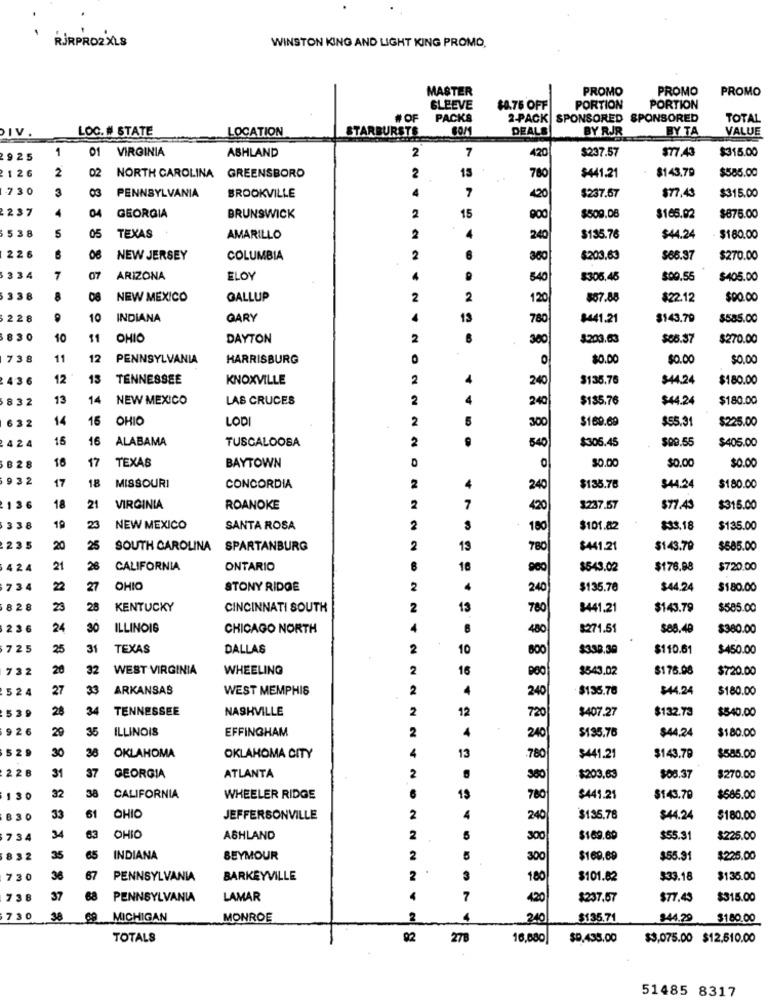
RJRPRO2 XLS
WINSTON KING AND LIGHT KING PROMO,
MASTER
PROMO
PROMO
PROMO
GLEEVE
$0.76 OFF
PORTION
PORTION
#OF
PACKS
2-PACK SPONSORED
SPONSORED
TOTAL
DIV
LOC. # STATE
LOCATION
STARBURSTS
80/1
DEALS
BY RJR
BY TA
VALUE
1
01
VIRGINIA
2
7
420
$315.00
2925
ASHLAND
$237.57
$77.43
2126
2
02
15
$143.79
$585.00
NORTH CAROLINA
GREENSBORO
2
780
$441.21
730
3
03
PENNSYLVANIA
4
$77,43
$315.00
BROOKVILLE
420
$237.67
2237
04
GEORGIA
BRUNSWICK
2
15
$509.08
$165.02
$875.00
538
5
05
TEXAS
AMARILLO
2
240
$135.76
$44.24
$180.00
226
NEW JERSEY
COLUMBIA
2
6
$203.63
$66.37
$270.00
334
7
07
ARIZONA
ELO
640
$305.48
$00.55
$405.00
338
8
NEW MEXICO
GALLUP
2
2
120
$57.88
$22.12
$00.00
228
10
INDIANA
GARY
13
780
₦41.21
$143.79
$585.00
830
10
$1
OHIO
DAYTON
2
300
$203.63
$66.37
$270.00
738
11
12
PENNSYLVANIA
HARRISBURG
0
$0.00
$0.00
$0.00
4-36
12
13
TENNESSEE
KNOXVILLE
2
4
240
$135.76
$44.24
$180.00
832
13
14
NEW MEXICO
LAS CRUCES
2
240
$135.76
$44.24
$180.00
632
14
15
OHIO
LODI
2
300
$169.69
$55.31
$225.00
424
16
16
ALABAMA
TUSCALOOSA
2
540
$305.45
$00.55
$405.00
16
17
TEXAS
0
30.00
$0.00
B28
BAYTOWN
$0.00
932
17
18
2
MISSOURI
CONCORDIA
240
$135.78
$44.24
$180.00
18
136
21
VIRGINIA
ROANOKE
7
420
$237.57
$77.43
$315.00
338
19
23
NEW MEXICO
SANTA ROSA
2
180
$101.82
$33.18
$135.00
235
20
25
SOUTH CAROLINA
SPARTANBURG
2
13
780
$441.21
$143.79
$585.00
424
21
26
CALIFORNIA
ONTARIO
10
$543.02
$176.88
$720.00
734
22
27
OHIO
STONY RIDGE
2
4
240
$135.78
$44.24
$180.00
828
23
28
KENTUCKY
CINCINNATI SOUTH
2
13
780
$441.21
$143.79
$585.00
236
24
30
ILLINOIS
CHICAGO NORTH
480
$271.51
$88.40
$380.00
725
25
31
TEXAS
DALLAS
2
10
800
$338.39
$110.61
$450.00
732
20
32
WEST VIRGINIA
WHEELING
2
18
$543.02
$175.98
$720.00
524
27
33
ARKANSAS
WEST MEMPHIS
2
4
240
$135.78
$44.24
$180.00
539
28
34
TENNESSEE
NASHVILLE
2
12
720
$407.27
$132.73
$540.00
926
29
35
ILLINOIS
EFFINGHAM
2
4
240
$135.76
$180.00
$44,24
529
38
4
13
30
OKLAHOMA
OKLAHOMA CITY
.780
$441.21
$143.78
$585.00
22 8
37
2
31
GEORGIA
ATLANTA
380
$203,63
$08.37
$270.00
32
38
130
CALIFORNIA
WHEELER RIDGE
15
780
$441.21
$143.79
$686.00
61
830
33
OHIO
JEFFERSONVILLE
2
4
240
$135.78
$44.24
$180.00
83
734
34
OHIO
ASHLAND
2
300
$169.69
$55.31
$225.00
832
35
65
INDIANA
SEYMOUR
2
300
$169.69
$55.91
$225.00
730
36
67
PENNSYLVANIA
BARKEYVILLE
2
3
180
$101.62
$33.18
$135.00
738
37
PENNSYLVANIA
LAMAR
4
7
420
$237.67
$77.43
$315.00
730
38
MICHIGAN
MONROE
2
4
240
$135.71
$44.29
$180.00
TOTALS
92
278
16,680
$0,435.00
$3,075.00 $12.510.00
51485 8317